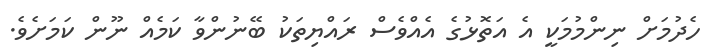
ހެދުމަށް ނިންމުމަކީ އެ އަތޮޅުގެ އެއްވެސް ރައްޔިތަކު ބޭނުންވާ ކަމެއް ނޫން ކަމަށެވެ.